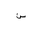
Letter: _sin